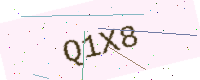
Text: Q1X8